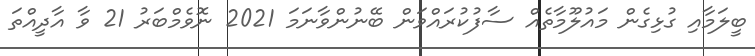
ބީލަމާއި ގުޅިގެން މައުލޫމާތެއް ސާފުކުރައްވަން ބޭނުންވާނަމަ 2021 ނޮވެމްބަރު 21 ވާ އާދީއްތަ